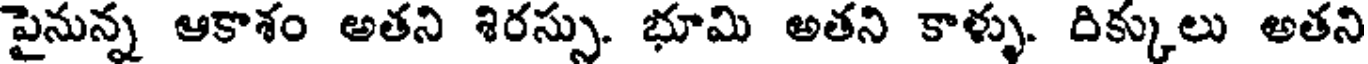
పైనున్న ఆకాశం అతని శిరస్సు. భూమి అతని కాళ్ళు. దిక్కులు అతని